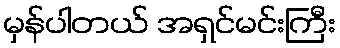
မှန်ပါတယ် အရှင်မင်းကြီး